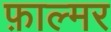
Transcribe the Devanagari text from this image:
फ़ाल्मर